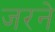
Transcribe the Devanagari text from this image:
जरने